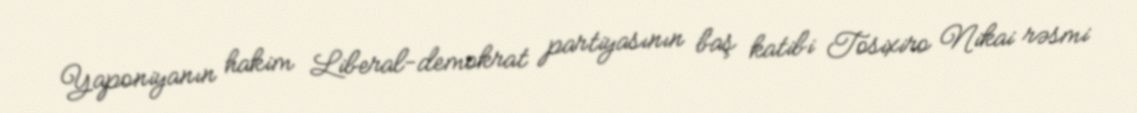
Yaponiyanın hakim Liberal-demokrat partiyasının baş katibi Tosixiro Nikai rəsmi